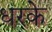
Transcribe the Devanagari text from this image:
धरके